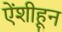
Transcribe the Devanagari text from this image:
ऐंशीहून